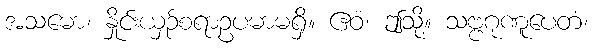
အသမော၊ နှိုင်းယှဉ်စရာဥပမာမရှိ။ ဧဝံ၊ ဤသို့။ သဗ္ဗဂုဏူပေတံ၊